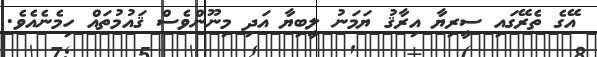
އޭގެ ތެރޭގައި ސީރިޔާ އިރާޤު ޔަމަނު ލީބިޔާ އަދި މިނޫންވެސް ޤައުމުތައް ހިމެނެއެވެ.